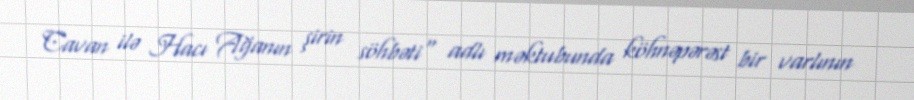
Cavan ilə Hacı Ağanın şirin söhbəti" adlı məktubunda köhnəpərəst bir varlının